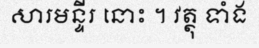
សារមន្ទីរ នោះ ។ វត្ថុ ទាំង